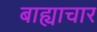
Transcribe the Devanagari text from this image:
बाह्याचार